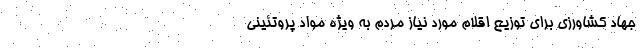
جهاد کشاورزی برای توزیع اقلام مورد نیاز مردم به ویژه مواد پروتئینی